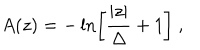
A ( z ) = - \ln \left[ { \frac { | z | } { \Delta } } + 1 \right] ~ ,